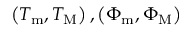
\left( T _ { \mathrm { m } } , T _ { \mathrm { M } } \right) , \left( \Phi _ { \mathrm { m } } , \Phi _ { \mathrm { M } } \right)